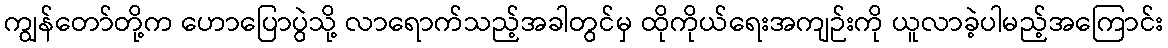
ကျွန်တော်တို့က ဟောပြောပွဲသို့ လာရောက်သည့်အခါတွင်မှ ထိုကိုယ်ရေးအကျဉ်းကို ယူလာခဲ့ပါမည့်အကြောင်း